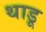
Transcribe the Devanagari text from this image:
थाडू